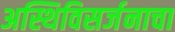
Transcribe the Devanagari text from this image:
अस्थिविसर्जनाचा